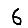
Digit: 6